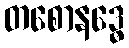
တစောနဒ္ဓေ